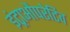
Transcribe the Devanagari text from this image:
इंट्राऔपरेटिव